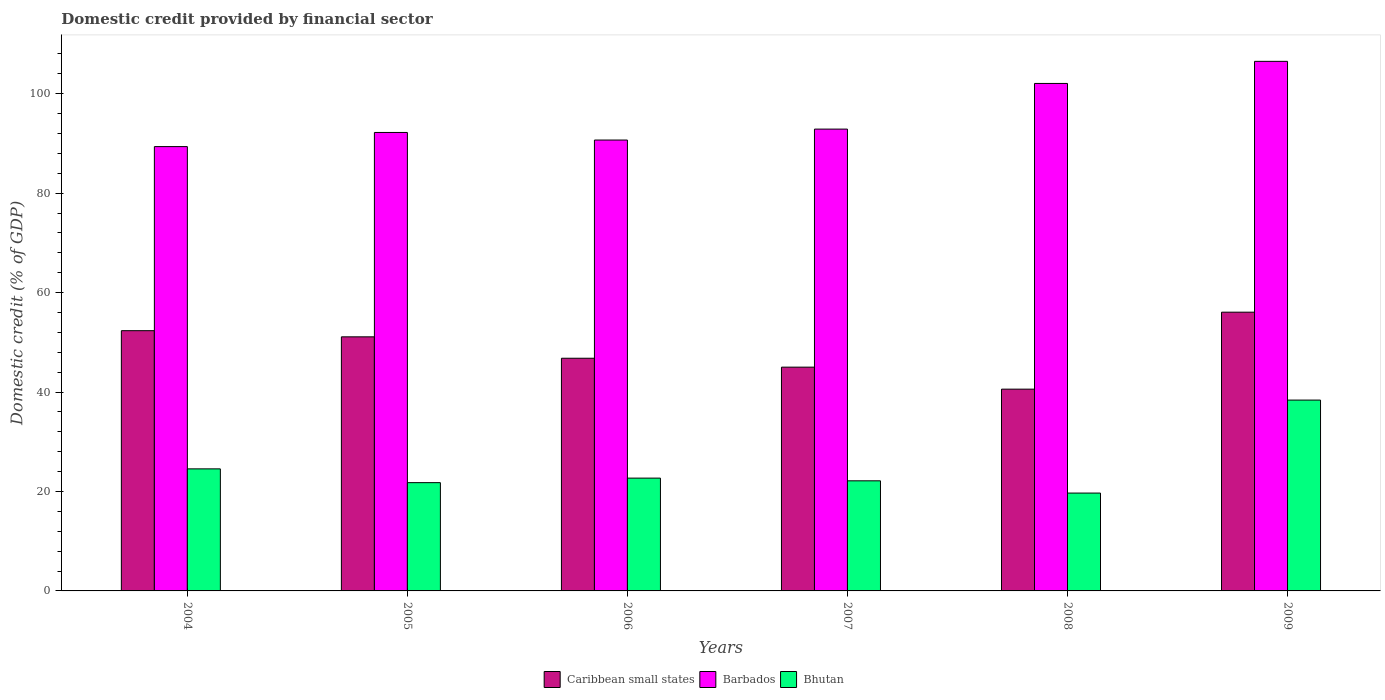
| Years | Caribbean small states | Barbados | Bhutan |
 | --- | --- | --- | --- |
 | 2004 | 52.3 | 89.4 | 24.5 |
 | 2005 | 51.1 | 92.2 | 21.8 |
 | 2006 | 46.8 | 90.7 | 22.7 |
 | 2007 | 45 | 92.9 | 22.1 |
 | 2008 | 40.6 | 102 | 19.7 |
 | 2009 | 56.1 | 107 | 38.4 |